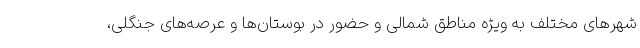
شهرهای مختلف به ویژه مناطق شمالی و حضور در بوستان‌ها و عرصه‌های جنگلی،